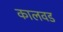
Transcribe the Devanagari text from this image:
कालवड